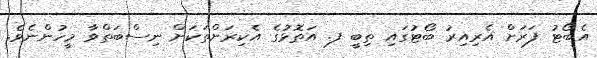
އެބޯޓު ފަރަށް އެރިއިރު ބޯޓުގައި ތިބީ ފ. އަތޮޅުގެ އެކިރަށްތަކަށް ނިސްބަތްވާ މީހުންނެވެ.